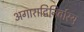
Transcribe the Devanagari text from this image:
अगाराद्विनिर्वास्य